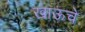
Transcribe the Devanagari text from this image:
खाऊचे